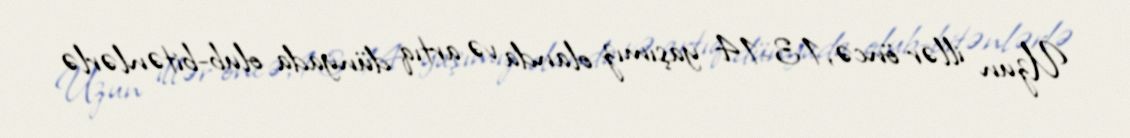
Uzun illər öncə, 13-14 yaşımız olanda və artıq dünyada olub-bitənlərlə